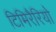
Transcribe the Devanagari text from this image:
टिमिरैरियो